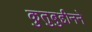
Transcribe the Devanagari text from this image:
कुतुबुद्दीनने